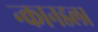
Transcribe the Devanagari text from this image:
न्कानडला